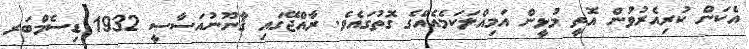
އެކަން ކުރިއެރުވުން އޮތީ މުޅީން އަމިއްލަކަމެއެއްގެ ގޮތުގައެވެ. ރާއްޖޭގައި ޤާނޫނުއަސާސީ 1932 ޑިސެމްބަރ